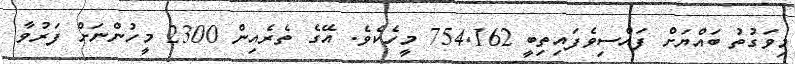
މިވަގުތު ބައްޔަށް ފައްސިވެފައިތިބީ 754